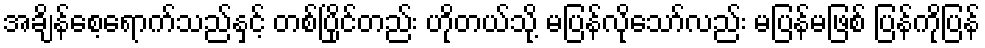
အချိန်စေ့ရောက်သည်နှင့် တစ်ပြိုင်တည်း ဟိုတယ်သို့ မပြန်လိုသော်လည်း မပြန်မဖြစ် ပြန်ကိုပြန်